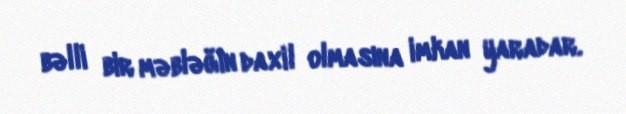
bəlli bir məbləğin daxil olmasına imkan yaradar.